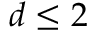
d \leq 2